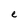
Character: e